Madras plague regulations and rules for district municipalities and other towns and villages
Disease focus: Plague
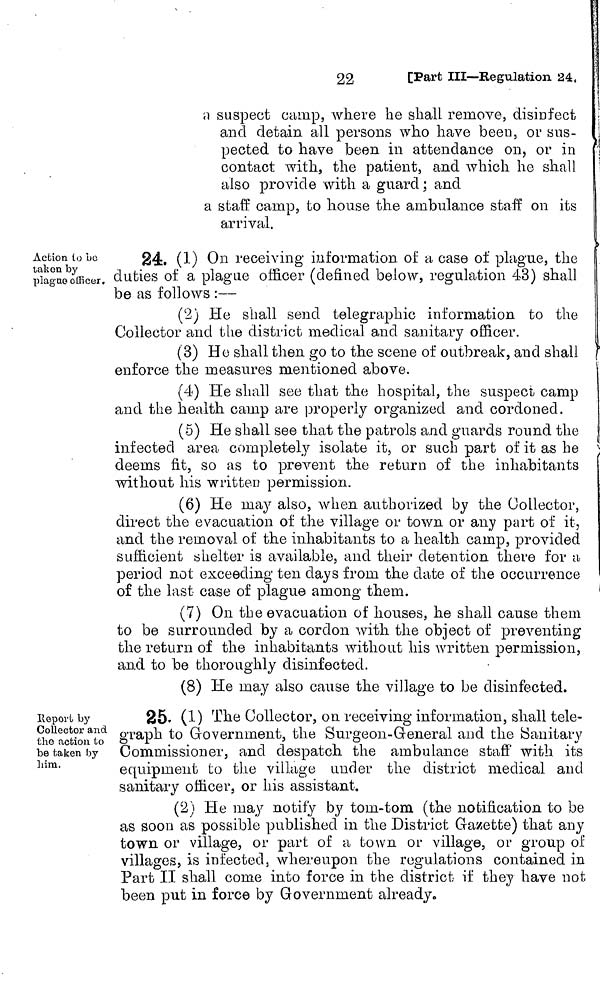
22
[Part III—Regulation 24,
n suspect camp, where he shall remove, disinfect
and detain all persons who have been, or sus-
pected to have been in attendance on, or in
contact with, the patient, and which he shall
also provide with a guard ; and
a staff camp, to house the ambulance staff on its
arrival.
Action to be
taken by
plague officer.
24. (1) On receiving information of a case of plague, the
duties of a plague officer (denned below, regulation 43) shall
be as follows :—
(2) He shall send telegraphic information to the
Collector and the district medical and sanitary officer.
(3) He shall then go to the scene of outbreak, and shall
enforce the measures mentioned above.
(4) He shall see that the hospital, the suspect camp
and the health camp are properly organized and cordoned.
(5) He shall see that the patrols and guards round the
infected area completely isolate it, or such part of it as he
deems fit, so as to prevent the return of the inhabitants
without his written permission.
(6) He may also, when authorized by the Collector,
direct the evacuation of the village or town or any part of it,
and the removal of the inhabitants to a health camp, provided
sufficient shelter is available, and their detention there for a
period not exceeding ten days from the date of the occurrence
of the last case of plague among them.
(7) On the evacuation of houses, he shall cause them
to be surrounded by a cordon with the object of preventing
the return of the inhabitants without his written permission,
and to be thoroughly disinfected.
(8) He may also cause the village to be disinfected.
Report by
Collector and
the action to
be taken by
him.
25. (1) The Collector, on receiving information, shall tele-
graph to Government, the Surgeon-General and the Sanitary
Commissioner, and despatch the ambulance staff with its
equipment to the village under the district medical and
sanitary officer, or his assistant.
(2) He may notify by tom-tom (the notification to be
as soon as possible published in the District Ga/ette) that any
town or village, or part of a town or village, or group of
villages, is infected, whereupon the regulations contained in
Part II shall come into force in the district if they have not
been put in force by Government already.